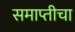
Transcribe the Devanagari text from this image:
समाप्तीचा